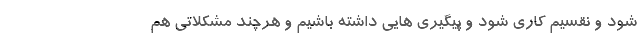
شود و نقسیم کاری شود و پیگیری هایی داشته باشیم و هرچند مشکلاتی هم